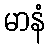
မာနံ